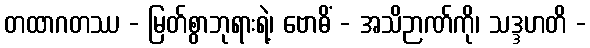
တထာဂတဿ - မြတ်စွာဘုရားရဲ့၊ ဗောဓိံ - အသိဉာဏ်ကို၊ သဒ္ဒဟတိ -